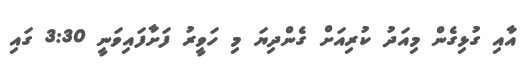
އާއި ގުޅިގެން މިއަދު ކުރިއަށް ގެންދިޔަ މި ހަވީރު ފަށާފައިވަނީ 3:30 ގައި